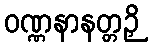
ဝဏ္ဏနာနတ္တဉှိ